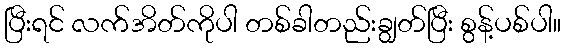
ပြီးရင် လက်အိတ်ကိုပါ တစ်ခါတည်းချွတ်ပြီး စွန့်ပစ်ပါ။